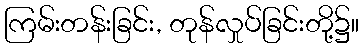
ကြမ်းတန်းခြင်း, တုန်လှုပ်ခြင်းတို့၌။